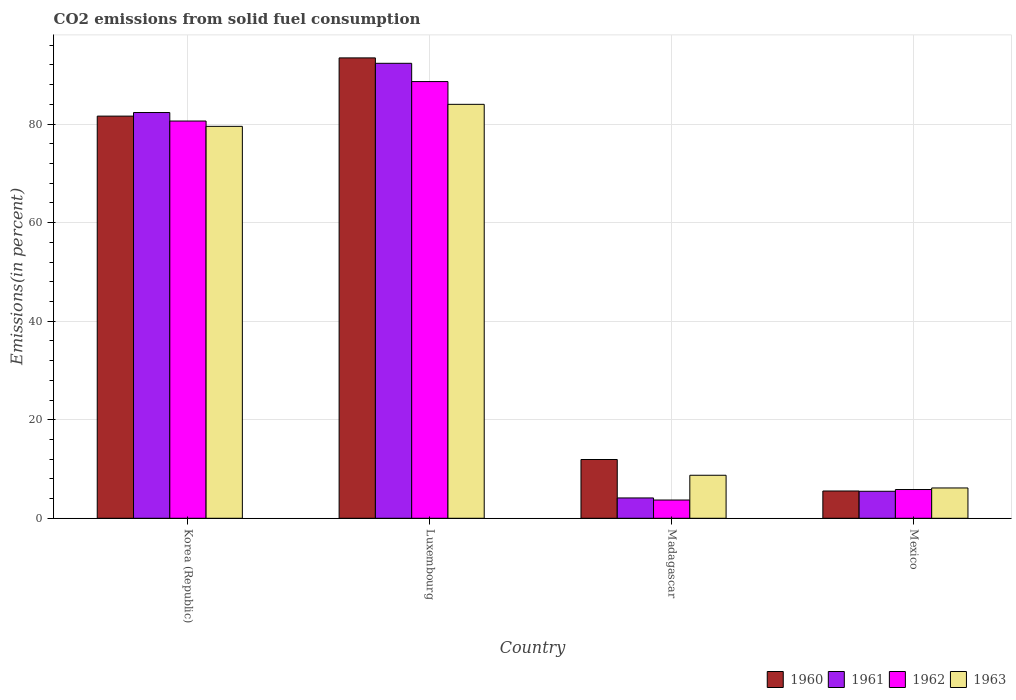
| Country | 1960 | 1961 | 1962 | 1963 |
 | --- | --- | --- | --- | --- |
 | Korea (Republic) | 81.6 | 82.4 | 80.6 | 79.5 |
 | Luxembourg | 93.4 | 92.3 | 88.6 | 84 |
 | Madagascar | 11.9 | 4.12 | 3.7 | 8.73 |
 | Mexico | 5.54 | 5.48 | 5.83 | 6.15 |